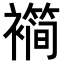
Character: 𬡱